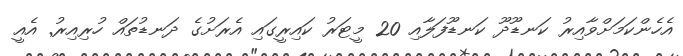
އެހެންކަމަށްވާއިރު ކަނޑޫދޫ ކަނޑޫފަލާއި 20 މީޓަރު ކައިރީގައި އެރަށުގެ ދަނޑުތައް ހުރިއިރު